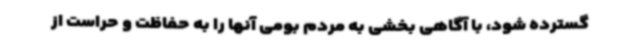
گسترده شود، با آگاهی بخشی به مردم بومی آنها را به حفاظت و حراست از